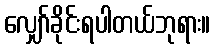
လျှော်ခိုင်းရပါတယ်ဘုရား။